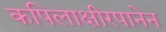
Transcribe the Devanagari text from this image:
कपिलाक्षीरपानेन